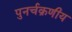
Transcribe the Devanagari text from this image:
पुनर्चक्रणीय